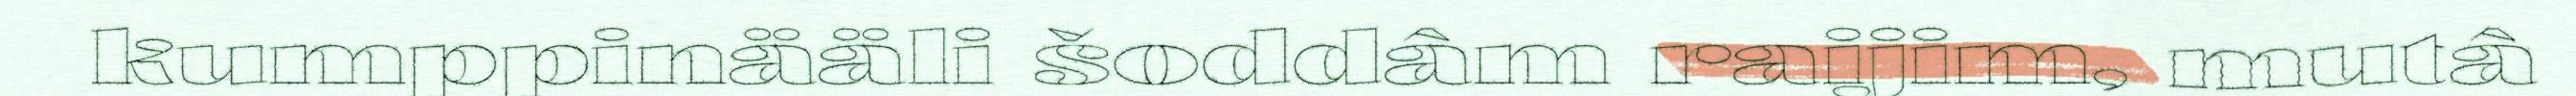
kumppinääli šoddâm raijim, mutâ